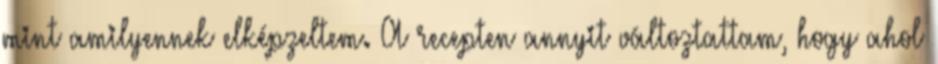
mint amilyennek elképzeltem. A recepten annyit változtattam, hogy ahol